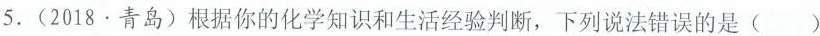
5.(2018·青岛)根据你的化学知识和生活经验判断，下列说法错误的是()